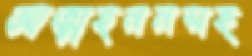
আত্মহননসহ